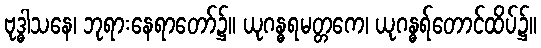
ဗုဒ္ဓါသနေ၊ ဘုရားနေရာတော်၌။ ယုဂန္ဓရမတ္တကေ၊ ယုဂန္ဓရ်တောင်ထိပ်၌။